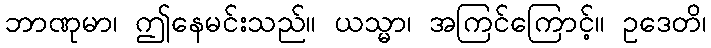
ဘာဏုမာ၊ ဤနေမင်းသည်။ ယသ္မာ၊ အကြင်ကြောင့်။ ဥဒေတိ၊